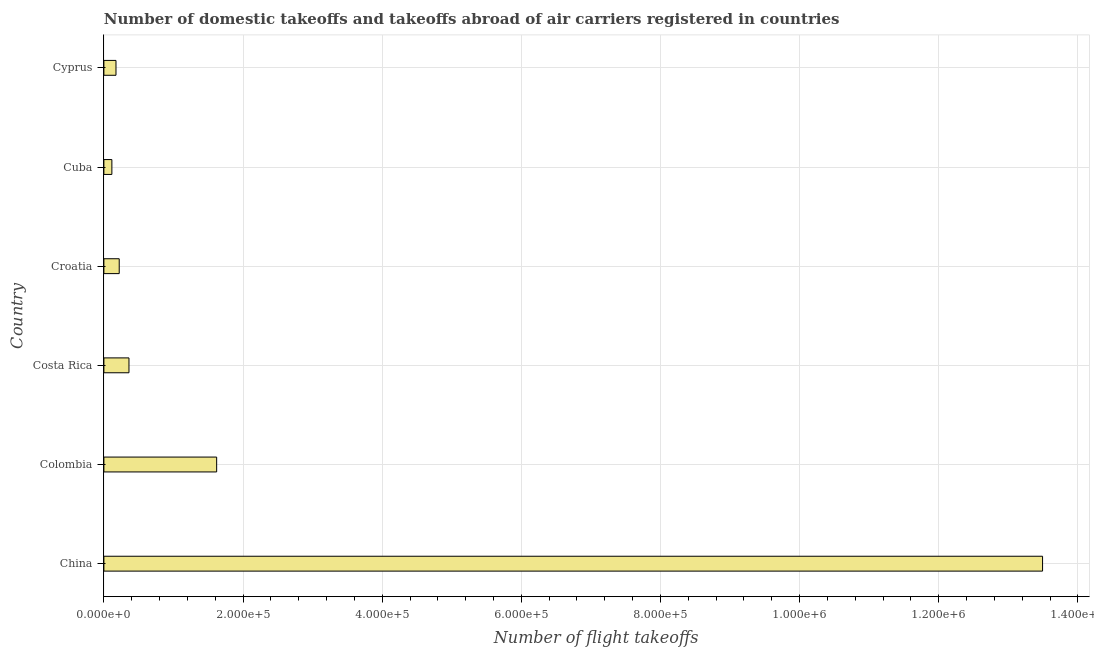
| Country | Air transport |
 | --- | --- |
 | China | 1.35e+06 |
 | Colombia | 1.62e+05 |
 | Costa Rica | 3.6e+04 |
 | Croatia | 2.2e+04 |
 | Cuba | 1.15e+04 |
 | Cyprus | 1.74e+04 |